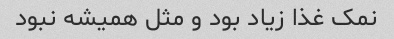
نمک غذا زیاد بود و مثل همیشه نبود